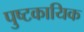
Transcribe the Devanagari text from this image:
पुष्टकायिक